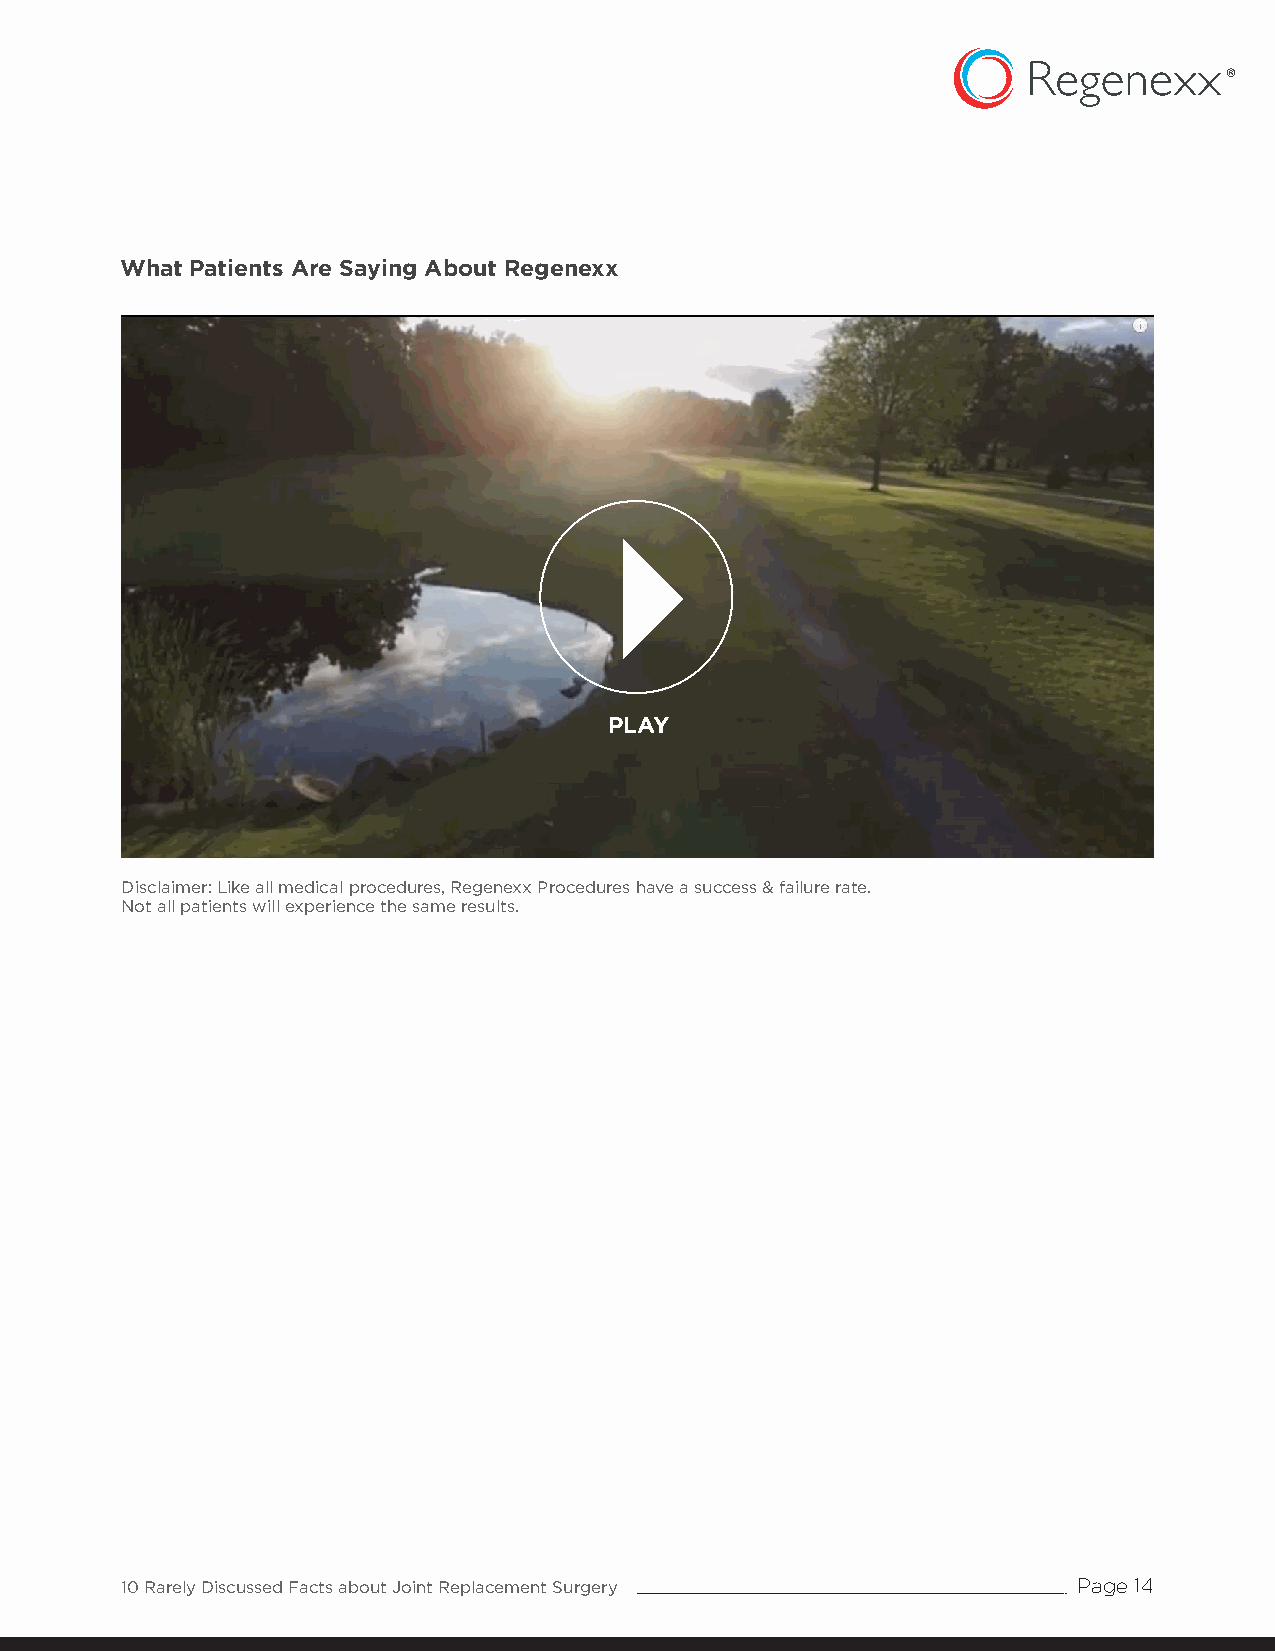
What Patients Are Saying About Regenexx
 PLAY
 Disclaimer: Like all medical procedures, Regenexx Procedures have a success & failure rate.
 Not all patients will experience the same results.
 10 Rarely Discussed Facts about Joint Replacement Surgery      Page 14